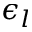
\epsilon _ { l }